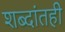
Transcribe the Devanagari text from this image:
शब्दांतही